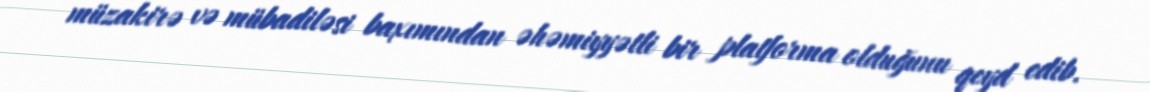
müzakirə və mübadiləsi baxımından əhəmiyyətli bir platforma olduğunu qeyd edib.